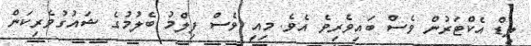
ލީޑް އެކްޓަރުން ވެސް ބައިވެރިވެ އެވެ. މިއީ ވެސް ފިލްމު ބެލުމުގެ ޝައުގުވެރިކަން